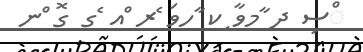
ްސި ދ ާމވާ ިކ ާހވަ ެރ ްއ ެގ ގޮ ްނ